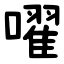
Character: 嚁